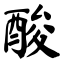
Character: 酸